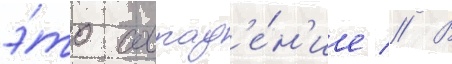
э́то совпад'е́н'ие // В